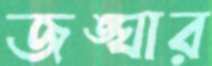
জঙ্ঘার